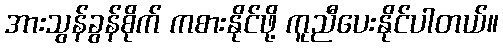
အားသွန်ခွန်စိုက် ကစားနိုင်ဖို့ ကူညီပေးနိုင်ပါတယ်။